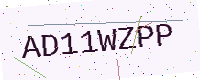
Text: AD11WZPP